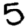
Digit: 5